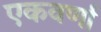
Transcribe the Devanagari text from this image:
एकवर्णा